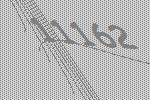
11162